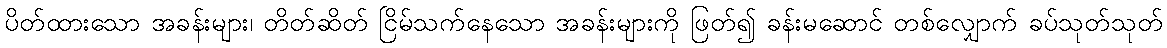
ပိတ်ထားသော အခန်းများ၊ တိတ်ဆိတ် ငြိမ်သက်နေသော အခန်းများကို ဖြတ်၍ ခန်းမဆောင် တစ်လျှောက် ခပ်သုတ်သုတ်